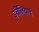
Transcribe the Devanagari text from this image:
इतेलियाई